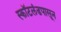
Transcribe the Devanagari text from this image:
स्कॉटलंडपासून